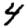
Digit: 4